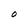
Character: O